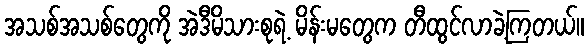
အသစ်အသစ်တွေကို အဲဒီမိသားစုရဲ့ မိန်းမတွေက တီထွင်လာခဲ့ကြတယ်။